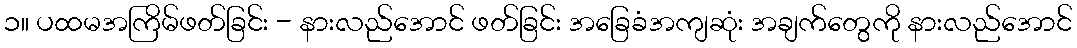
၁။ ပထမအကြိမ်ဖတ်ခြင်း - နားလည်အောင် ဖတ်ခြင်း အခြေခံအကျဆုံး အချက်တွေကို နားလည်အောင်